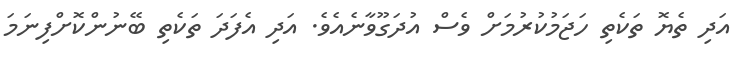
އަދި ތެޔޮ ތަކެތި ހަޖަމުކުރުމަށް ވެސް އުދަގޫވާނެއެވެ. އަދި އެފަދަ ތަކެތި ބޭނުންކޮށްފިނަމަ